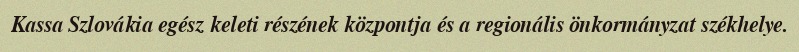
Kassa Szlovákia egész keleti részének központja és a regionális önkormányzat székhelye.